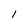
Character: 1